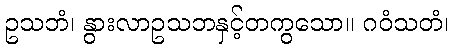
ဥသဘံ၊ နွားလာဥသဘနှင့်တကွသော။ ဂဝံသတံ၊